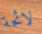
لائحة